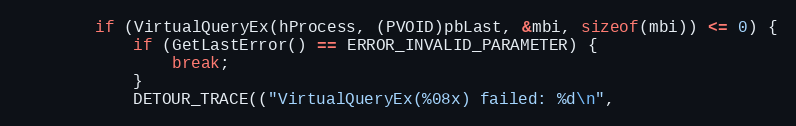
Language: C++
        if (VirtualQueryEx(hProcess, (PVOID)pbLast, &mbi, sizeof(mbi)) <= 0) {
            if (GetLastError() == ERROR_INVALID_PARAMETER) {
                break;
            }
            DETOUR_TRACE(("VirtualQueryEx(%08x) failed: %d\n",